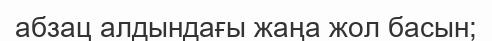
абзац алдындағы жаңа жол басын;